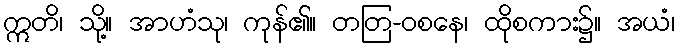
ဣတိ၊ သို့။ အာဟံသု၊ ကုန်၏။ တတြ-ဝစနေ၊ ထိုစကား၌။ အယံ၊